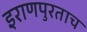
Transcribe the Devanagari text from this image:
इराणपुरताच